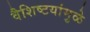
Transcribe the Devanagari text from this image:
वैशिष्टयांमुळे